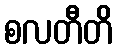
စလတီတိ